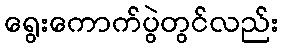
ရွေးကောက်ပွဲတွင်လည်း